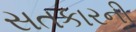
સતકારની